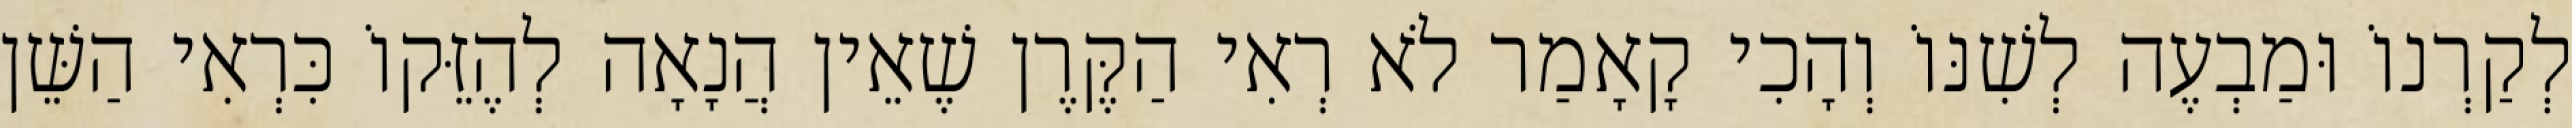
לְקַרְנוֹ וּמַבְעֶה לְשִׁנּוֹ וְהָכִי קָאָמַר לֹא רְאִי הַקֶּרֶן שֶׁאֵין הֲנָאָה לְהֶזֵּקוֹ כִּרְאִי הַשֵּׁן